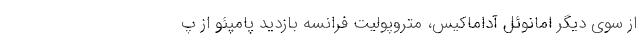
از سوی دیگر امانوئل آداماکیس، متروپولیت فرانسه بازدید پامپئو از پ